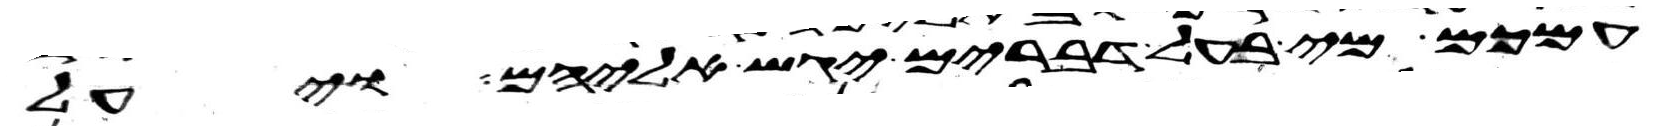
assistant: עמכם מי בעל דברים יגש אליהם ויעל